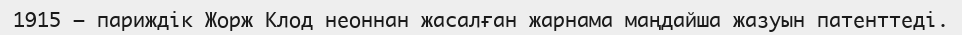
1915 — париждік Жорж Клод неоннан жасалған жарнама маңдайша жазуын патенттеді.